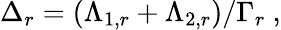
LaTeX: \Delta_{r}=\left(\Lambda_{1,r}+\Lambda_{2,r}\right)/\Gamma_{r}\ ,